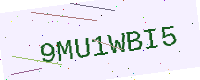
Text: 9MU1WBI5